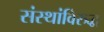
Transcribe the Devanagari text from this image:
संस्थांविरुद्ध